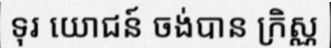
ទុរ យោជន៍ ចង់បាន ក្រិស្ណ